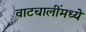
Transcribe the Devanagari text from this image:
वाटचालींमध्ये